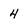
Character: 4